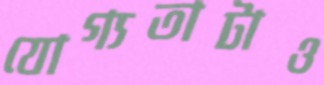
যোগ্যতাটাও